Statistical return of the lunatic asylum in Assam - 1912-1932
Year: 1912
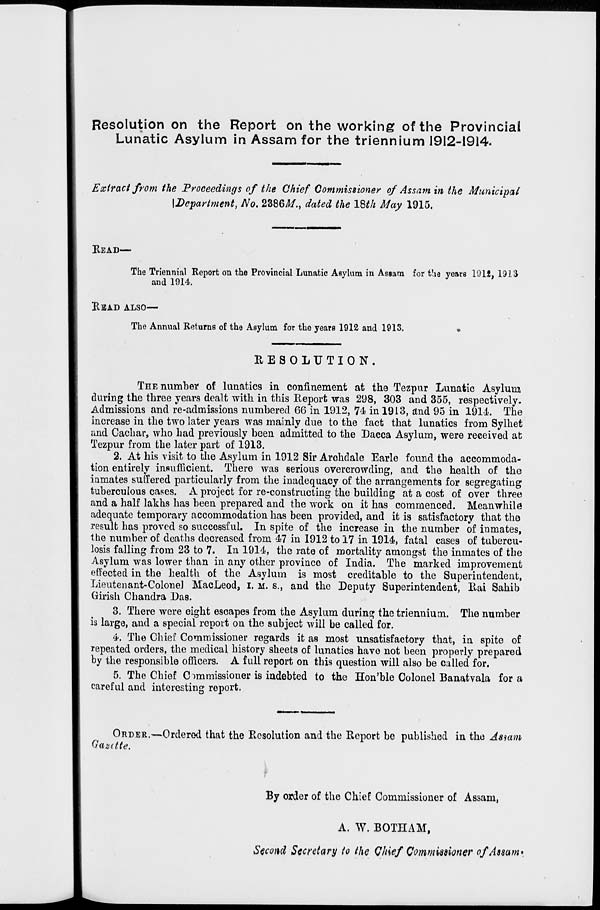
Resolution on the Report on the working of the Provincial
Lunatic Asylum in Assam for the triennium 1912-1914.
Extract from the Proceedings of the Chief Commissioner of Assam in the Municipal
\Depart?nent, No. 2386^/., dated the ISth May 1915.
READ—
The Triennial Report on the Provincial Lunatic Asylum in Assam for the years 191£, 1913
and 1914.
KBAD ALSO—
The Annual Returns oE the Asylum for the years 1912 and 1913.
•
RESOLUTION.
THE number of lunatics in confinement at the Tezpur Lunatic Asylum
during the three years dealt with in this Report was 298, 303 and 355, respectively.
Admissions and re-admissions numbered 66 in 1912, 74 in 1913, and 95 in 1914. The
increase in the two later years was mainly due to the fact that lunatics from Sylhet
and Cachar, who had previously been admitted to the Dacca Asylum, were received at
Tezpur from the later part of 1913.
2. At his visit to the Asylum in 1912 Sir Arohdale Earle found the accommoda-
tion entirely insufficient. There was serious overcrowding, and the health of the
inmates suffered particularly from the inadequacy of the arrangements for segregating
tuberculous cases. A project for re-constructing the building at a cost of over three
and a half lakhs has been prepared and the work on it has commenced. Meanwhile
adequate temporary accommodation has been provided, and it is satisfactory that the
result has j>roved so successful. In spite of the increase in the number of inmates,
the number of deaths decreased from 47 in 1912 to 17 in 1914, fatal cases of tubercu-
losis falling from 23 to 7. In 1914, the rate of mortality amongst the inmates of the
Asylum was lower than in any other province of India. The marked improvement
effected in the health of the Asylum is most creditable to the Superintendent,
Lieutenant-Colone] MacLeod, I. M. S., and the Deputy Superintendent, Rai Sahib
Girish Chandra Das.
3. There were eight escapes from the Asylum during the triennium. The number
is large, and a special report on the subject will be called for.
4. The Chief Commissioner regards it as most unsatisfactory that, in spite of
repeated orders, the medical history sheets of lunatics have not been properly prepared
by the responsible officers. A full report on this question will also be called for.
5. The Chief Commissioner is indebted to the Hon'ble Colonel Banatvala for a
careful and interesting report.
ORDER.—Ordered that the Resolution and the Report be published in the Asiam
Gazette.
\
By order of the Chief Commissioner of Assam,
A. W. BOTHAM,
Second Secretary to the Q/iief Commimoner ofAswrn*